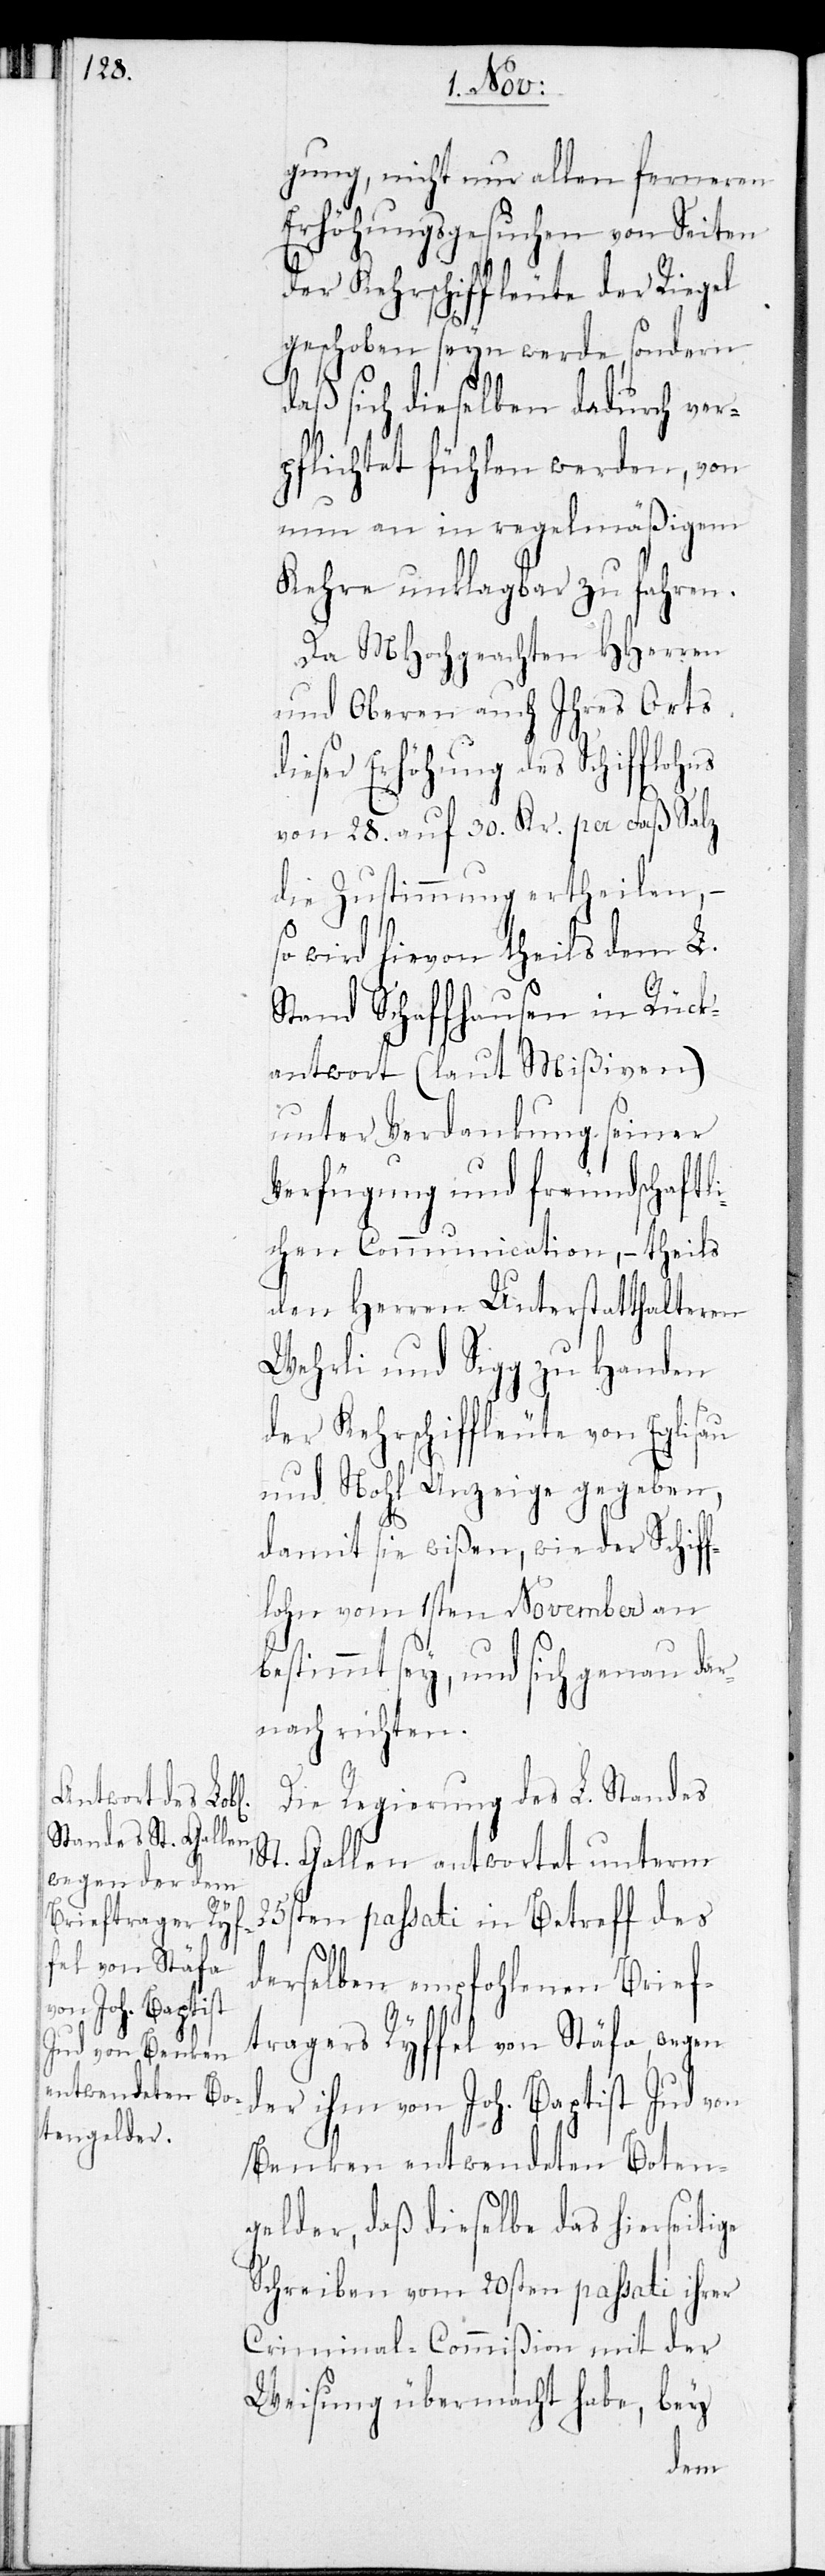
ns

gung, nicht nur allen ferneren
Erhöhungsgesuchen von Seiten
der Kehrschiffleute der Riegel
geschoben seyn werde, sondern
daß sich dieselben dadurch ver¬
pflichtet fühlen werden, von
nun an in regelmäßigem
Kehre unklagbar zu fahren.
Da MHochgeachten HHerren
und Oberen auch Ihres Orts
ieser Erhöhung des Schiffloh¬
von 28. auf 30. Kr. per Faß Salz
die Zustimmung ertheilen, –
so wird hievon theils dem L.
Stand Schaffhausen in Rück¬
antwort (laut Mißiven)
unter Verdankung seiner
Verfügung und freundschaftli¬
chen Communication, – theils
den Herren Unterstatthalteren
Wehrli und Sigg zu Handen
der Kehrschiffleute von Eglisau
und Nohl Anzeige gegeben,
damit sie wißen, wie der Schiff¬
lohn vom 1sten November an
bestimmt sey, und sich genau dar¬
nach richten.
Die Regierung des L. Standes
St. Gallen antwortet unterm
25sten passati in Betreff des
derselben empfohlenen Brief¬
tragers Ryffel von Stäfa wegen
der ihm von Joh. Baptist Jud von
Benken entwendeten Boten¬
gelder, daß dieselbe das hierseitige
Schreiben vom 20sten passati ihrer
Criminal-Commißion mit der
Weisung übermacht habe, bey